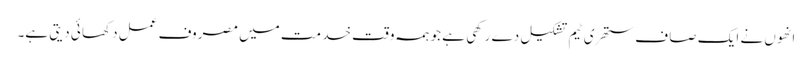
انھو ں نے ایک صا ف ستھر ی ٹیم تشکیل دے رکھی ہے جو ہمہ وقت خد مت میں مصروف عمل دکھا ئی دیتی ہے۔